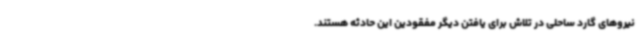
نیروهای گارد ساحلی در تلاش برای یافتن دیگر مفقودین این حادثه هستند.